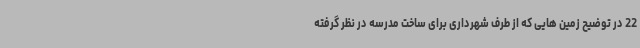
22 در توضیح زمین هایی که از طرف شهرداری برای ساخت مدرسه در نظر گرفته